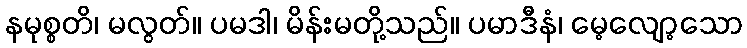
နမုစ္စတိ၊ မလွတ်။ ပမဒါ၊ မိန်းမတို့သည်။ ပမာဒီနံ၊ မေ့လျော့သော